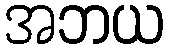
အဘယ